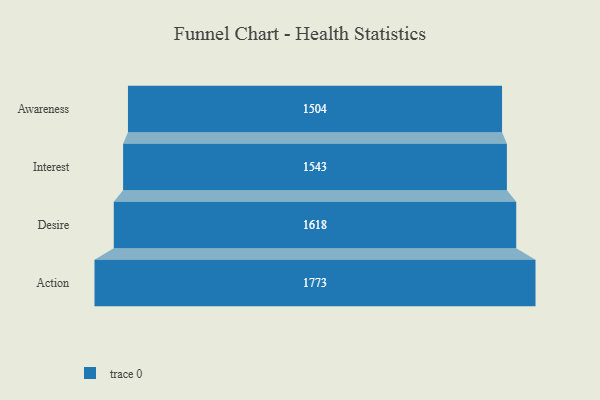
{"axis": {"x": "Stage", "y": "Value"}, "legend": [""], "data": [{"x": "Awareness", "y": 1504.0, "type": ""}, {"x": "Interest", "y": 1543.0, "type": ""}, {"x": "Desire", "y": 1618.0, "type": ""}, {"x": "Action", "y": 1773.0, "type": ""}]}